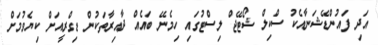
އަދި ފައުންޑޭޝަނާއެކު ސްކިލް ޝޯޓޭޖް ލިސްޓުގައި ހިމެނޭ ބައެއް ދާއިރާތަކުން ޑިގްރީއަށް ކިޔެވުމަށް